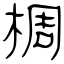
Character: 椆